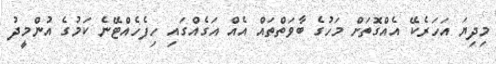
މިދިޔަ އަހަރެކޭ އެއްގޮތަށް މަހުގެ ބާވަތްތައް އެއް އަގެއްގައި ހިފެހެއްޓޭނެ ކަމުގެ އުންމީދު